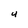
Character: U